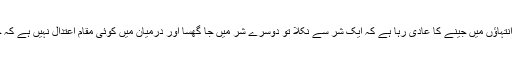
انسان ہمیشہ سے دو انتہاؤں میں جینے کا عادی رہا ہے کہ ایک شر سے نکلا تو دوسرے شر میں جا گھسا اور درمیان میں کوئی مقام اعتدال نہیں ہے کہ جہاں پڑاؤ ڈالا جائے۔